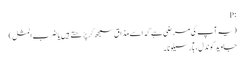
:P
(یہ آپ کی مرضی ہے کہ اسے مذاق سمجھ کر پڑھتے ہیں یا ضرب المثل)
جاوید گوندل ، بآرسیلونا ۔